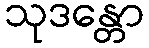
သုဒန္တော